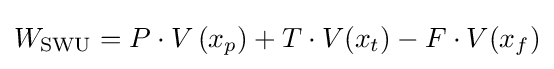
W_{\mathrm {SWU} }=P\cdot V\left(x_{p}\right)+T\cdot V(x_{t})-F\cdot V(x_{f})